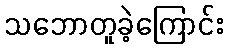
သဘောတူခဲ့ကြောင်း